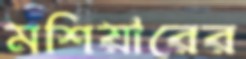
মশিয়ারের